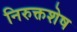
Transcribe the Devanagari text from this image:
निरुक्तशेष